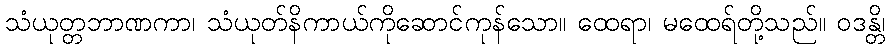
သံယုတ္တဘာဏကာ၊ သံယုတ်နိကာယ်ကိုဆောင်ကုန်သော။ ထေရာ၊ မထေရ်တို့သည်။ ဝဒန္တိ၊